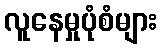
လူနေမှုပုံစံများ